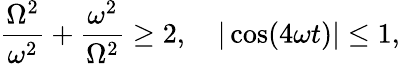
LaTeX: {\frac{\Omega^{2}}{\omega^{2}}}+{\frac{\omega^{2}}{\Omega^{2}}}\geq 2,\quad|\cos(4\omega t)|\leq 1,